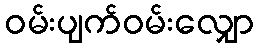
ဝမ်းပျက်ဝမ်းလျှော